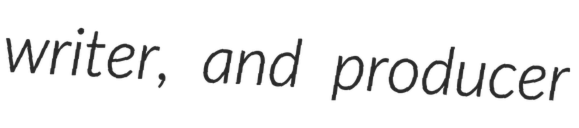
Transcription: writer, and producer